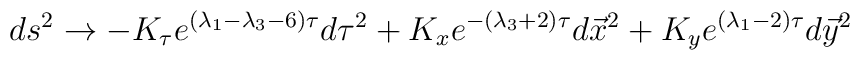
ds^2 \rightarrow - K_{\tau} e^{(\lambda_1 - \lambda_3 - 6)\tau} d\tau^2+  K_{x} e^{-(\lambda_3 + 2)\tau} d\vec x^2 +  K_{y} e^{(\lambda_1 - 2)\tau} d\vec y^2